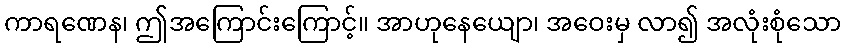
ကာရဏေန၊ ဤအကြောင်းကြောင့်။ အာဟုနေယျော၊ အဝေးမှ လာ၍ အလုံးစုံသော